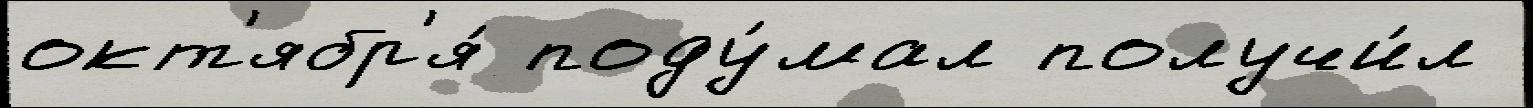
окт'ябр'я́ поду́мал получи́л